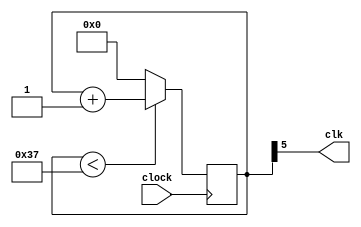
`timescale 1ns / 1ps
//////////////////////////////////////////////////////////////////////////////////
// Company: 
// Engineer: 
// 
// Design Name: 
// Module Name: input_clock_1point8432mhz_frequency
// Project Name: 
// Target Devices: 
// Tool Versions: 
// Description: 
// 
// Dependencies: 
// 
// Revision:
// Revision 0.01 - File Created
// Additional Comments:
// 
//////////////////////////////////////////////////////////////////////////////////


module input_clock_1point8432mhz_frequency
(
input clock, //1mhz
output clk  //1.8432mhz
    );
    
    reg[5:0]count=0;
    
    always @ (posedge clock)
    begin
    if(count<55)
    count<=count+1;
    else
    count<={6{1'b0}};
    end
    
    assign clk=count[5];
    
endmodule